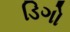
ડિગો